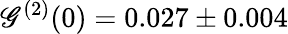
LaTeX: \mathscr{G}^{(2)}(0)=0.027\pm0.004